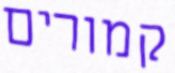
קמורים